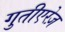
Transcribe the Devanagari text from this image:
गुतीएरेज़